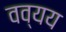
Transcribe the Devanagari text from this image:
वव्यय